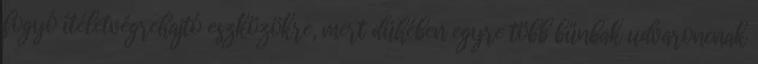
fogyó ítéletvégrehajtó eszközökre, mert dühében egyre több bűnbak udvaroncnak